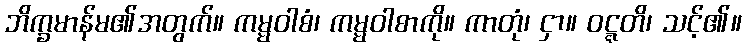
ဘိက္ခမာန်မ၏အတွက်။ ကမ္မဝါစံ၊ ကမ္မဝါစာကို။ ကာတုံ၊ ငှာ။ ဝဋ္ဋတိ၊ သင့်၏။